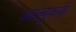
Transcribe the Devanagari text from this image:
आल्बुकर्क